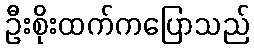
ဦးစိုးထက်ကပြောသည်